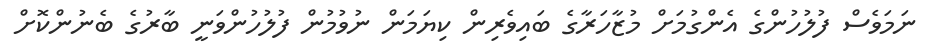
ނަމަވެސް ފުލުހުންގެ އެންގުމަށް މުޒާހަރާގެ ބައިވެރިން ކިޔަމަން ނުވުމުން ފުލުހުންވަނީ ބާރުގެ ބެނުންކޮށް